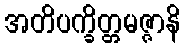
အတိပက္ခိတ္တမဇ္ဇာနိ